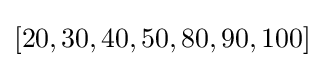
[20,30,40,50,80,90,100]